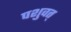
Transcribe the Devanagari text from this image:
पशुवत्